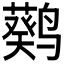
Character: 𬸮